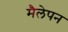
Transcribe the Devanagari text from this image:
मैलेपन